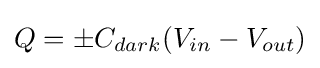
Q=\pm C_{dark}(V_{in}-V_{out})